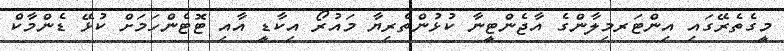
މީގެތެރޭގައި އިންޓަރމިލާންގެ އާޖެންޓީނާ ކުޅުންތެރިޔާ މައުރޯ އިކާޑީ އާއި ޓޮޓެންހަމަށް ކުޅޭ ޑެންމާކް